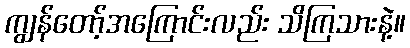
ကျွန်တော့်အကြောင်းလည်း သိကြသားနဲ့။